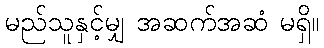
မည်သူနှင့်မျှ အဆက်အဆံ မရှိ။